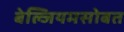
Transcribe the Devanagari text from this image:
बेल्जियमसोबत